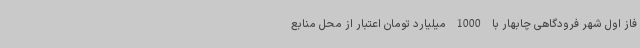
فاز اول شهر فرودگاهی چابهار با 1000 میلیارد تومان اعتبار از محل منابع